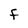
Character: f